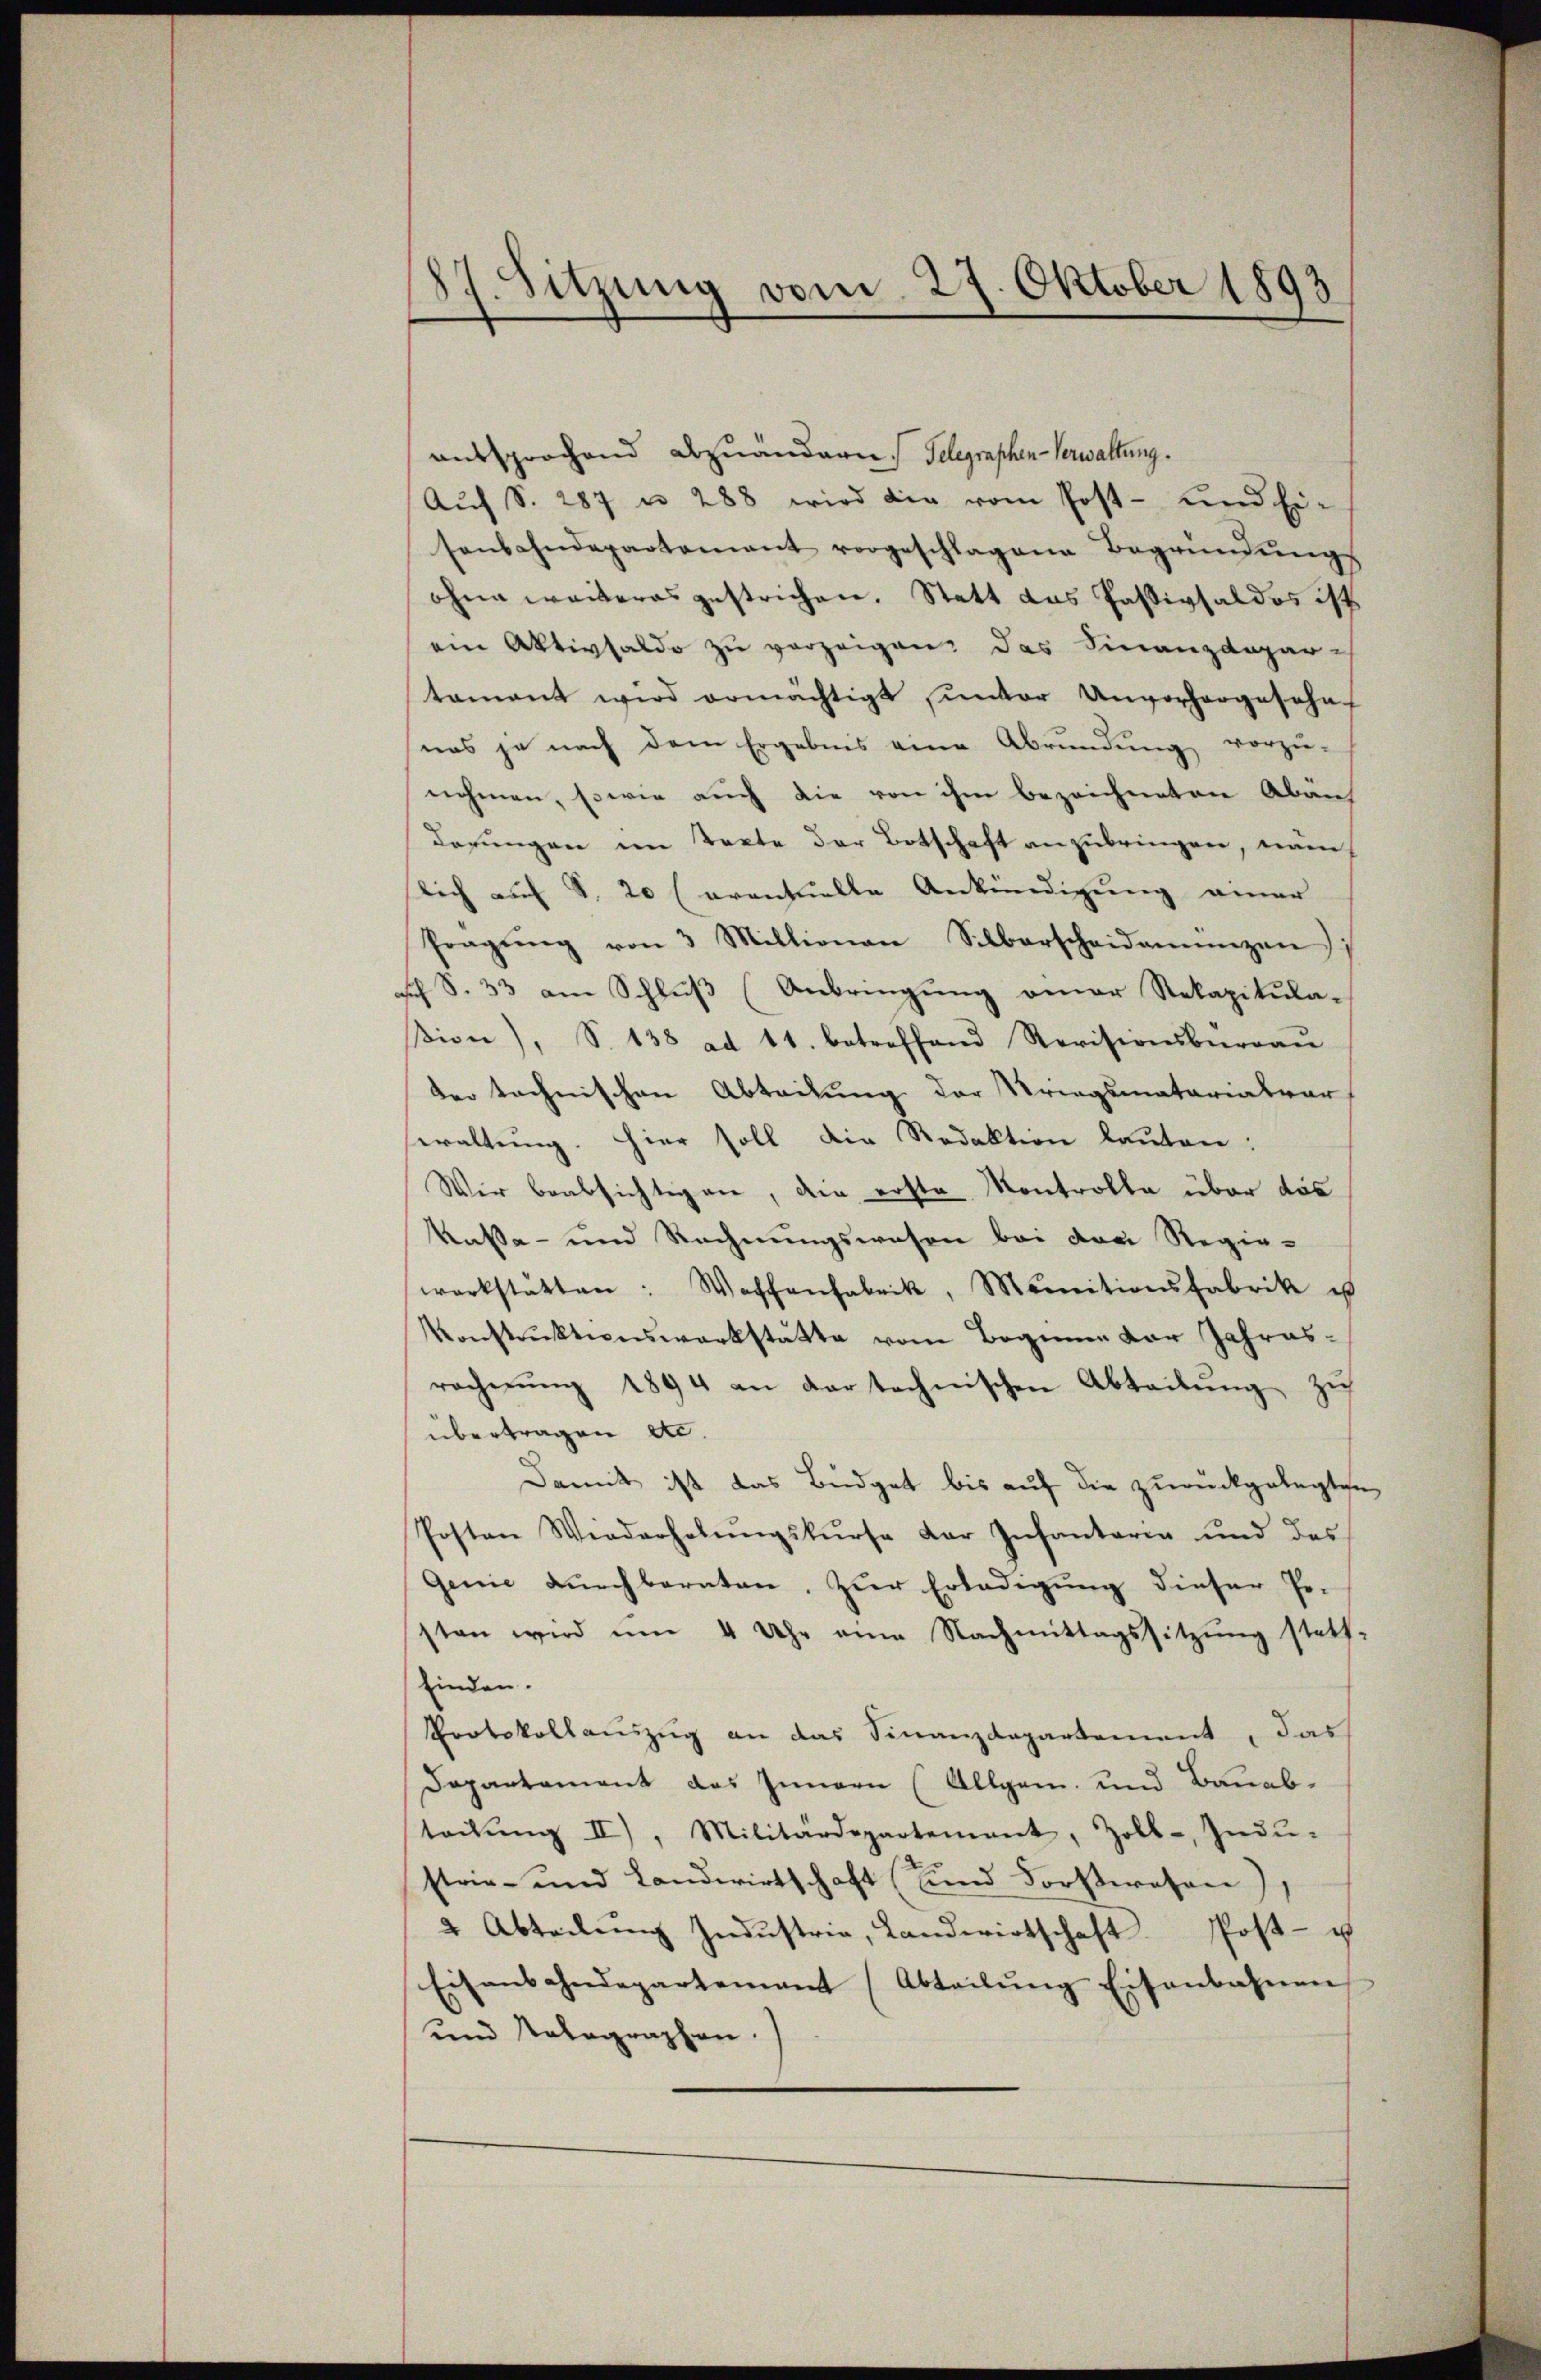
87. Sitzung vom 27. Oktober 1893

aussprochend Dozuändern Telegraphen-Verwaltung.
Aŭf S. 287 u. 288 wird die vom Post- und Ei-
senbahndepartement vorgeschlagene Begründŭngs-
ohne weiteres gestrichen. Statt das Passivsaldos ist
ein Aktivsaldo zu vorzeigen, das Finanzdepartamant wird ermächtigt, ŭnter Unvorhergeschaf
nas je nach dem Ergebnis eine Abrundung vorzu-
nehmen, sowie auch die von ihm bezeichneten Abän
derungen im Texte der Botschaft anzubringen, nam
lich auf S. 20 (eventuelle Ankündigung einer
Pragŭng von 3 Millionen Silberscheidemünzen
sch S. 33 am Schlŭβ (Anbringŭng aner Rekapitula-
βion), S. 138 ad 11. betreffend Revisionsbüreaŭ
der technischen Abteilung der Kriegsmatariatsar
ewaltung. Hier soll die Redaktion lauten:
Wir beabsichtigen, die erste Kontrolle über das
kassa- und Rechnungswesen bei drei Regiewerkstätten: Wassenfabrik, Munitionsfabrik us
Konstruktionswerkstätte vom Beginne der Jahresracherŭng 1894 an dar technischen Abteilŭng zu
übertragen d.
Damit ist das Büdget bis auf die zurückgelegten
Posten Wiederholŭngskurse der Infantaria und des
Genie dŭrchberaten. Zur Erledigŭng dieser Po-
sten wird ŭm 4 Uhr eine Nachmittagssitzŭng statt-
finden.
Protokollauszug an das Finanzdepartement, das
Dapartement das Innern (Allgem. und Bauabteckŭng II), Militärdepartement, Zoll-Indŭ-
strie- und Landwirtschaft (und Forsteresen),
2 Abteilŭng Indŭstria, Landwirtschaft Post- u
Eisenbahndepartenant (Abteilŭng Eisenbahnen
und Natographen.